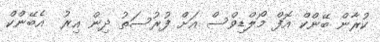
ކުރާން ބޭންކް އޮފް މޯލްޑިވްސް އަށް ފުރުސަތު ދިން އިރު  އެބޭންކް